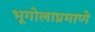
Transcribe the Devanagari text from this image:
भूगोलाप्रमाणे